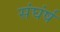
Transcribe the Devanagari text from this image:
संघंर्ष